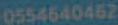
0554640462